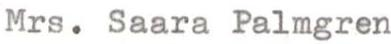
Mrs. Saara Palmgren